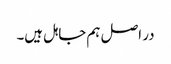
در اصل ہم جاہل ہیں۔